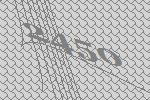
2450